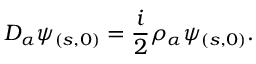
D _ { \alpha } \psi _ { ( s , 0 ) } = \frac { i } { 2 } \rho _ { \alpha } \psi _ { ( s , 0 ) } .